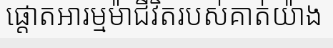
ផ្តោតអារម្មម៉ាជីវិតរបស់គាត់យ៉ាង